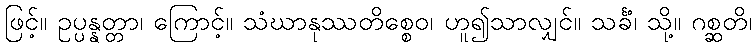
ဖြင့်။ ဥပ္ပန္နတ္တာ၊ ကြောင့်။ သံဃာနုဿတိစ္စေဝ၊ ဟူ၍သာလျှင်။ သင်္ခံ၊ သို့။ ဂစ္ဆတိ၊